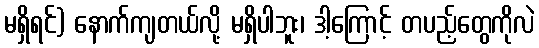
မရှိရင်) နောက်ကျတယ်လို့ မရှိပါဘူး၊ ဒါ့ကြောင့် တပည့်တွေကိုလဲ